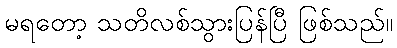
မရတော့ သတိလစ်သွားပြန်ပြီ ဖြစ်သည်။